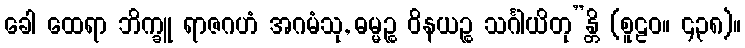
ခေါ ထေရာ ဘိက္ခူ ရာဇဂဟံ အဂမံသု, ဓမ္မဉ္စ ဝိနယဉ္စ သင်္ဂါယိတု”န္တိ (စူဠဝ။ ၄၃၈)။